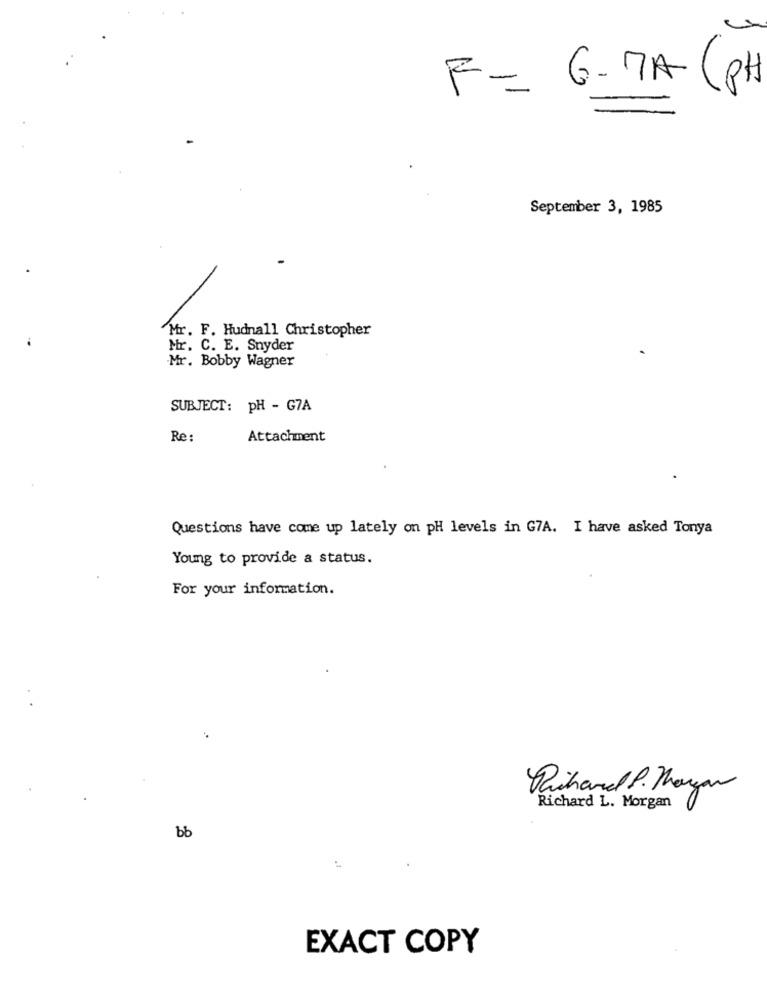
F= 6-7A (PH
September 3, 1985
Mr. F. Hudnall Christopher
Mr. C. E. Snyder
Mr. Bobby Wagner
SUBJECT:
PH - G7A
Re:
Attachment
Questions have come up lately on pH levels in G7A. I have asked Tonya
Young to provide a status.
For your information.
Richard P. Morgan
Richard L. Morgan
bb
EXACT COPY